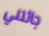
جائتني